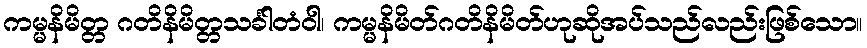
ကမ္မနိမိတ္တ ဂတိနိမိတ္တသင်္ခါတံဝါ၊ ကမ္မနိမိတ်ဂတိနိမိတ်ဟုဆိုအပ်သည်လည်းဖြစ်သော။